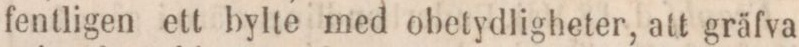
fentligen ett bylte med obetydligheter, att gräfva